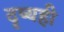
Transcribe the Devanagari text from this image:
दृष्यही